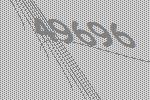
49696